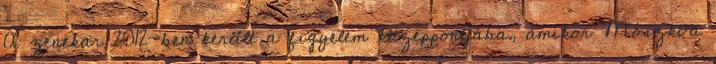
A zenekar 2012-ben került a figyelem középpontjába, amikor Moszkva